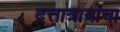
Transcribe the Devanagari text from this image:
दत्तात्रायांचा